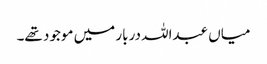
میاں عبداللہ دربار میں موجود تھے۔